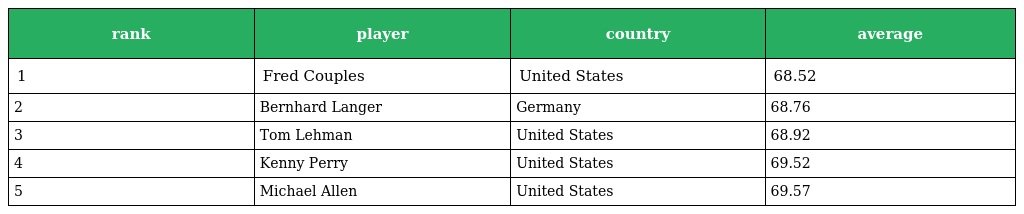
| rank | player | country | average |
 | --- | --- | --- | --- |
 | 1 | Fred Couples | United States | 68.52 |
 | 2 | Bernhard Langer | Germany | 68.76 |
 | 3 | Tom Lehman | United States | 68.92 |
 | 4 | Kenny Perry | United States | 69.52 |
 | 5 | Michael Allen | United States | 69.57 |